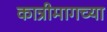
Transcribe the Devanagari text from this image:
कात्रीमागच्या